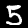
Digit: 5